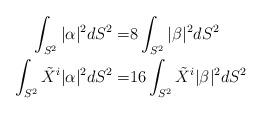
LaTeX: \begin{align*}\int _{S^2} |\alpha|^2 dS^2 =& 8 \int_{S^2} |\beta|^2 dS^2\\\int _{S^2}\tilde X^i |\alpha|^2 dS^2 =& 16 \int_{S^2}\tilde X^i |\beta|^2 dS^2\end{align*}